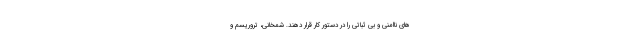
های ناامنی و بی ثباتی را در دستور کار قرار دهند. شمخانی، تروریسم و